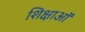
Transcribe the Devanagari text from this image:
शिक्षाऑ